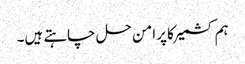
ہم کشمیر کا پرامن حل چاہتے ہیں۔